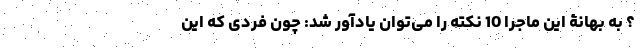
؟ به بهانۀ این ماجرا 10 نکته را می‌توان یادآور شد: چون فردی که این